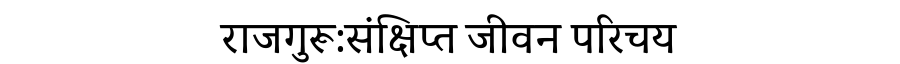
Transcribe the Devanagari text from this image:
राजगुरू:संक्षिप्त जीवन परिचय